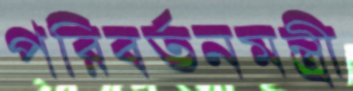
পরিবর্তনমন্ত্রী